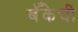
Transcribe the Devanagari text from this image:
बॅँकेची